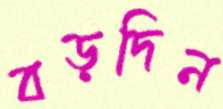
বড়দিন